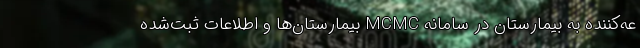
عه‌کننده به بیمارستان در سامانه MCMC بیمارستان‌ها و اطلاعات ثبت‌شده